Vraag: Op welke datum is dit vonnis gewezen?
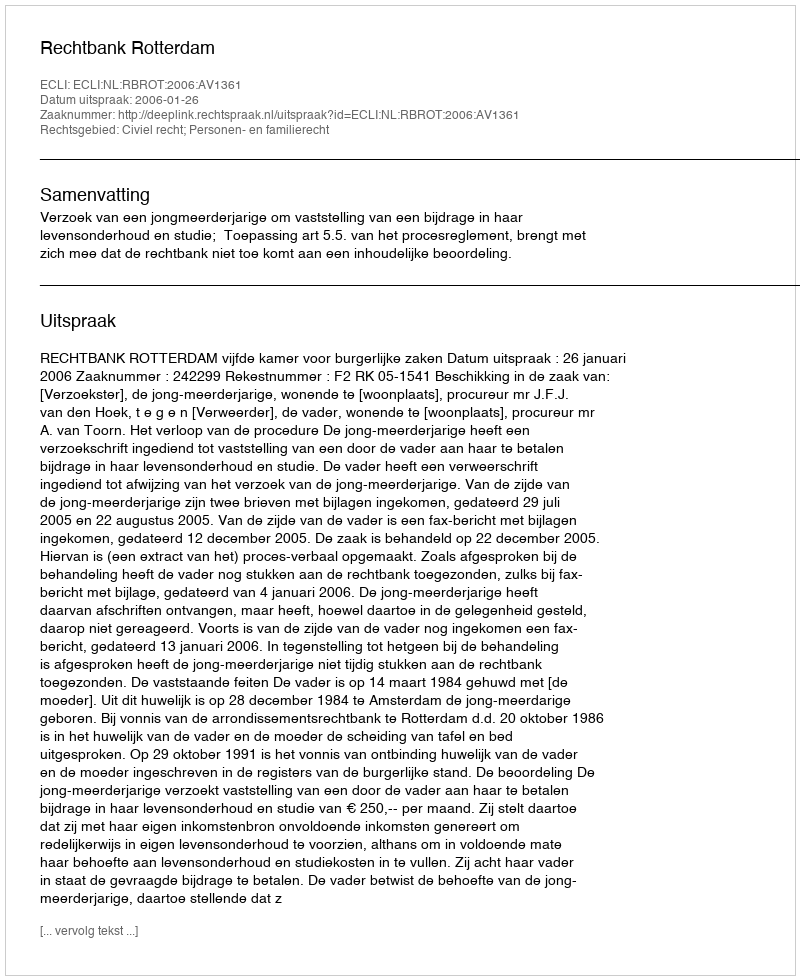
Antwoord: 2006-01-26